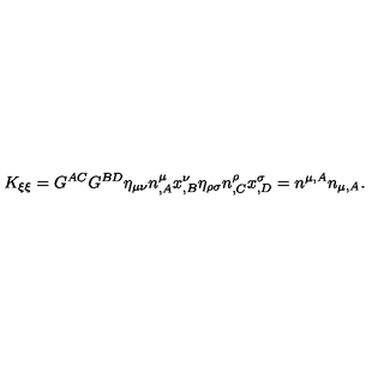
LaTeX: K _ { \xi \xi } = G ^ { A C } G ^ { B D } \eta _ { \mu \nu } n _ { , A } ^ { \mu } x _ { , B } ^ { \nu } \eta _ { \rho \sigma } n _ { , C } ^ { \rho } x _ { , D } ^ { \sigma } = n ^ { \mu , A } n _ { \mu , A } .